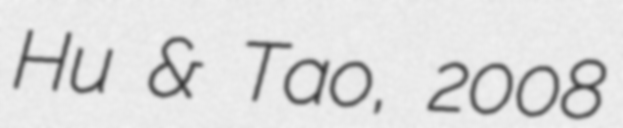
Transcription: Hu & Tao, 2008